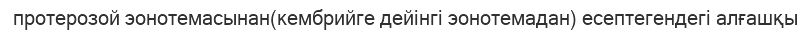
протерозой эонотемасынан(кембрийге дейінгі эонотемадан) есептегендегі алғашқы